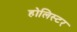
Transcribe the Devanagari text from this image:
होलिस्टर